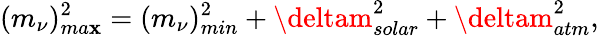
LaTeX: (m_{\nu})_{ma\mathbf{x}}^{2}=(m_{\nu})_{min}^{2}+\deltam_{solar}^{2}+\deltam_{atm}^{2},